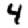
Digit: 4